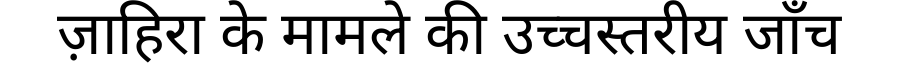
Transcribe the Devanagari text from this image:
ज़ाहिरा के मामले की उच्चस्तरीय जाँच